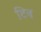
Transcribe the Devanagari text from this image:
टिब